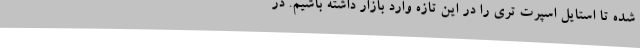
شده تا استایل اسپرت تری را در این تازه وارد بازار داشته باشیم. در